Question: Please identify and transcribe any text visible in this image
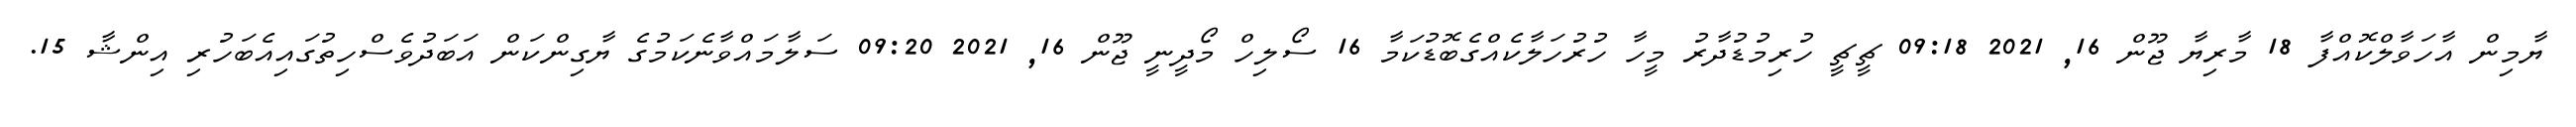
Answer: ޔާމިން އާހަވާލްކޮއްފާ 18 މާރިޔާ ޖޫން 16, 2021 09:18 ޗީޗީ ހުރިމުޑުދާރު މީހާ ހުރުހަލާކެއްގެބޮޑުކަމާ 16 ސޯލިހް މޯދީނީ ޖޫން 16, 2021 09:20 ސަލާމައްވާނެކަމުގެ ޔާގިންކަން އަބަދުވެސްހިތުގައިއެބަހުރި އިންޝާ 15.